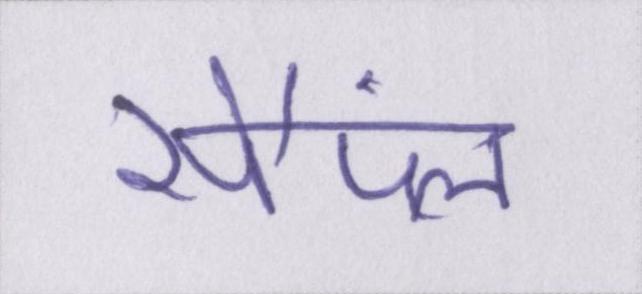
सैंपल